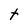
Character: t